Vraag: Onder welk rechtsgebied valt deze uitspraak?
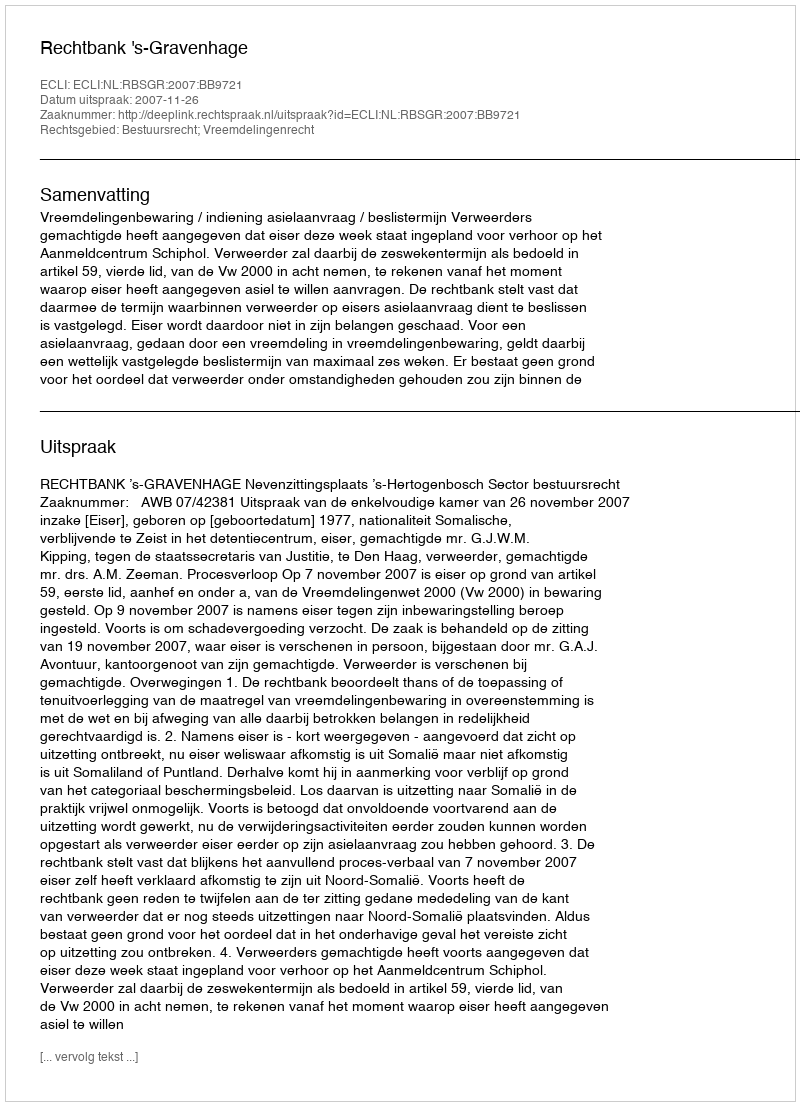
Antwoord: Bestuursrecht; Vreemdelingenrecht